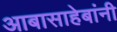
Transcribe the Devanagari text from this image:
आबासाहेबांनी